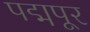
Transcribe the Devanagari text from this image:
पद्मपूर